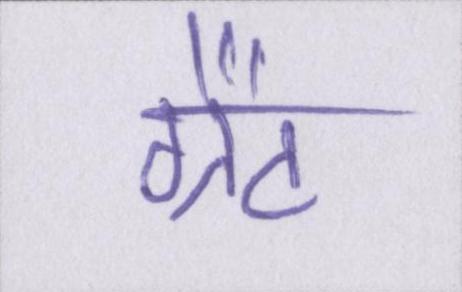
ग्रैंट